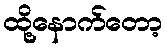
ထို့နောက်တော့